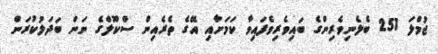
ޖުމްލަ 251 ބެލެނިވެރިންގެ ބައިވެރިވެފައިވާ ކަމަށާއި އޭގެ ތެރެއިން ސްކޫލްގެ ނަން ބަދަލުކުރަން